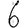
Digit: 6